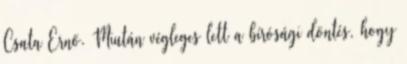
Csata Ernő. Miután végleges lett a bírósági döntés, hogy